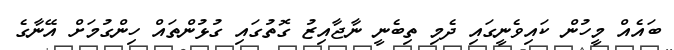
ބައެއް މީހުން ކައިވެނީގައި ދެމި ތިބެނީ ނާޖާއިޒު ގޮތުގައި ގުޅުންތައް ހިންގުމަށް އޭނާގެ